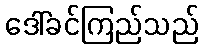
ဒေါ်ခင်ကြည်သည်